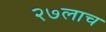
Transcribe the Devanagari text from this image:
२७लाच